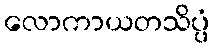
လောကာယတသိပ္ပံ